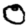
Digit: 0